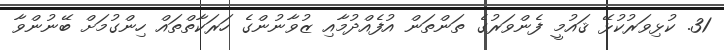
31. ކުޅިވަރުކުޅޭ ޤައުމީ ފެންވަރުގެ ތަންތަން އުފެއްދުމާއި ޒުވާނުންގެ ހަރަކާތްތައް ހިންގުމަށް ބޭނުންވާ